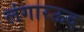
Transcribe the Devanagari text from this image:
लंगारऊद